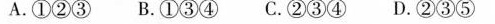
A.①②③B.①③④C.②③④D.②③⑤